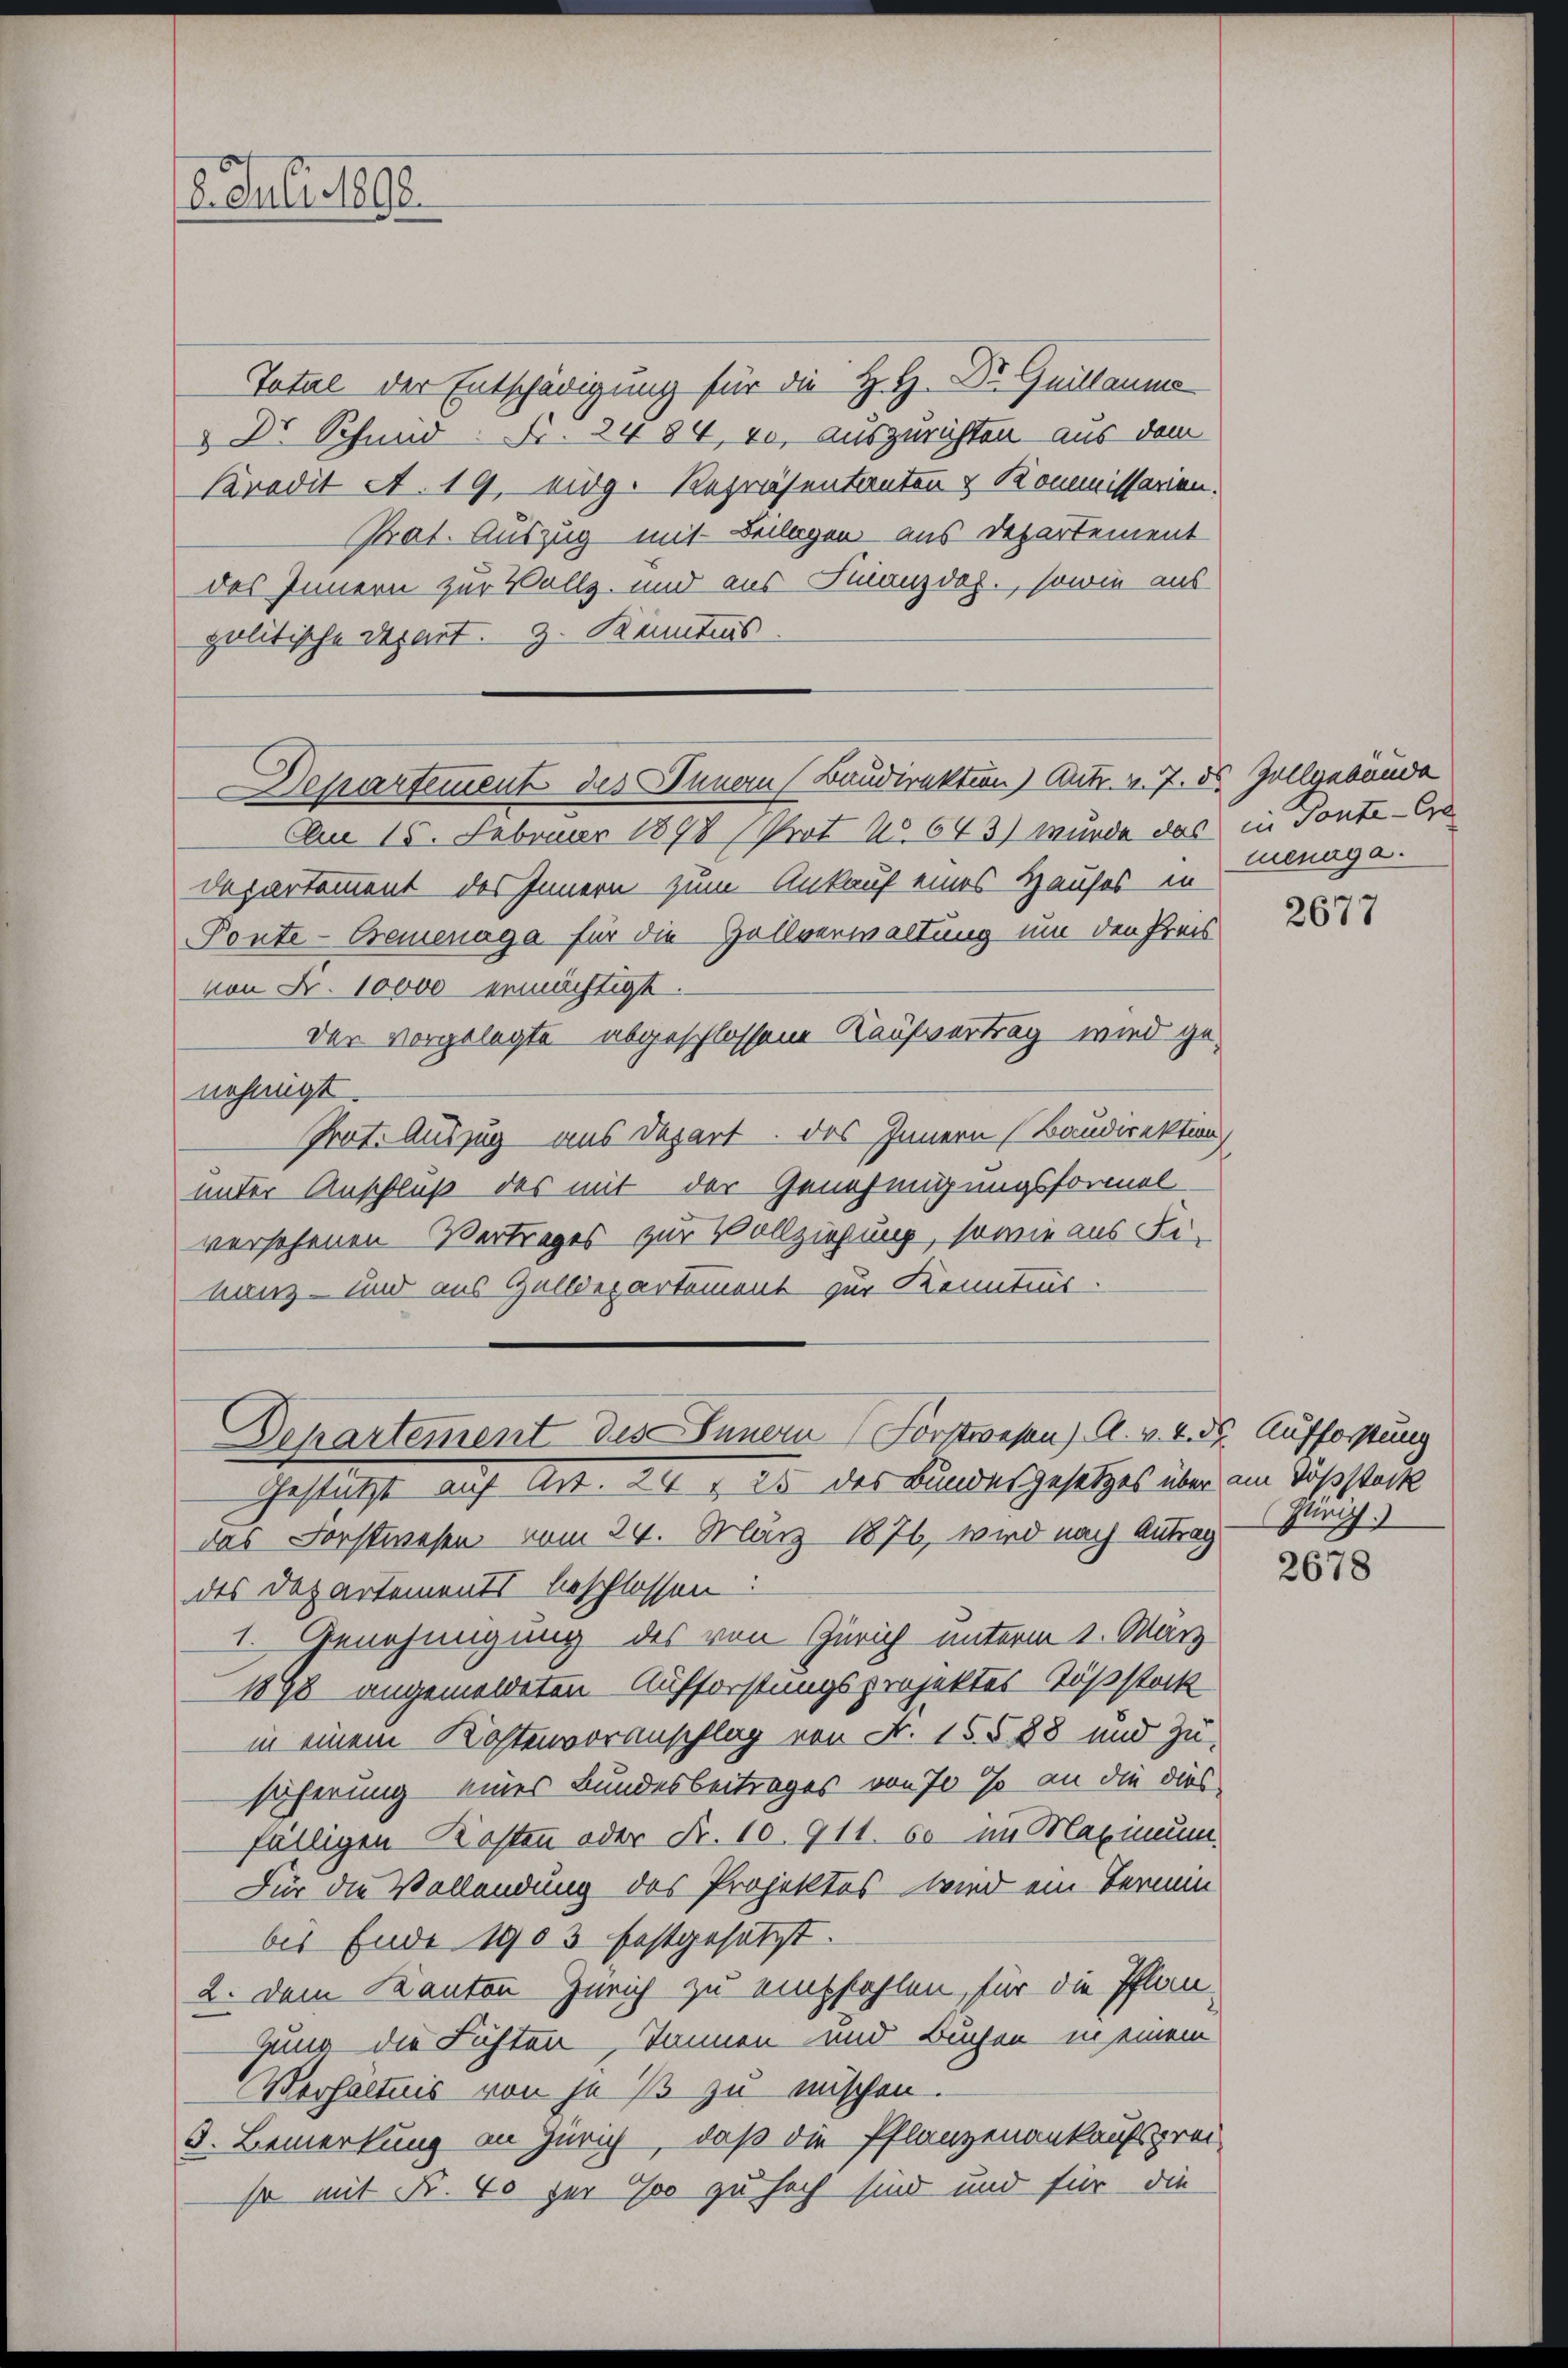
8. Juli 1892

Departement des Innern Baudirektion) Antr. v. 7. ds. Zollgebäude

Departement des Innern Forstwesen). A. v. 4. ds. Aufforstung
Gestützt auf Art. 24 § 25 des Bundesgesetzes über am Tößstock

Total der Entschädigung für die H. H. Dr. Guillaume
 Dr Schmid Nr. 2484, 40, auszurichten aus dem
Kredit A. 19. eidg. Repräsentanten & Kommissarien.
Prat. Auszug mit Beilagen aus Departement
des Innern zur Vollz- und aus Finanzdaz., sowie aus
politische Depart. 3. Kenntnis.

Am 15. Februar 1898 (Prot. No. 643) wurde das in Sonte-Cre
departament des Innern zum Ankauf eines Hauses in
Ponte-Bremenaga für die Hallverwaltung um den Preis
von Fr. 10000 ermächtigt.
der vorgelegte abgeschlossene Kaufvertrag wird genehmigt.
Prot. Auszug aus Depart. Das Innern (Baudirektion
unter Anschluß des mit der Genehmigungsformel
versehenen Vertrages zur Vollziehung, sowie aus Fi-
nanz- und aus Galldepartement zur Kenntnis.

das Forstwesen vom 24. März 1876, wird nach Antrag
des Departements beschlossen:
1. Genehmigung des von Zürich unterm 1. März
1898 angemeldeten Aufforstungsprojektes Tößstock
in einem Kostenvoranschlag von Nr. 15588 und zu-
sicherung eines Bundesbeitrages von 70 % an die dies
fälligen Kosten oder Nr. 10. 911. 60 im Maximum
Für die Vollendung des Projektes wird ein Termin
bis Ende 1903 festgesetzt.
2. dem Kanton Zürich zu empfehlen, für die Pflan-
gung die Fichten, Tonnen und Buchen in einem
Verhältnis von je 1 zu mischen.
5. Bemerkung an Zürich, daß die Pflanzenankaufsprei-
so mit Fr. 40 zur 900 zu hoch sind und für die

cenaga.

2677

Punz

2678